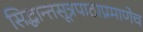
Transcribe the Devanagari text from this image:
सिद्धान्तसूत्रपाठाप्रमाणेच